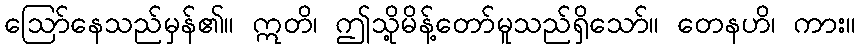
ဩော်နေသည်မှန်၏။ ဣတိ၊ ဤသို့မိန့်တော်မူသည်ရှိသော်။ တေနဟိ၊ ကား။